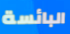
البائسة